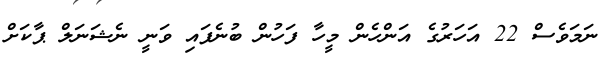
ނަމަވެސް 22 އަހަރުގެ އަންހެން މީހާ ފަހުން ބުނެފައި ވަނީ ނެޝަނަލް ޕާކަށް